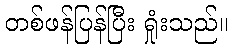
တစ်ဖန်ပြန်ပြီး ရှုံးသည်။